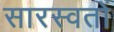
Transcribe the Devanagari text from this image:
सारस्वतों